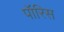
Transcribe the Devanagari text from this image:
पॉरिस